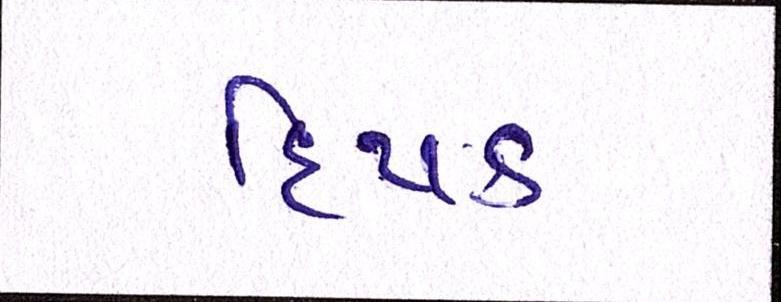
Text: દિપક